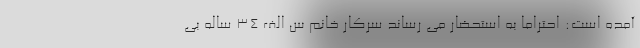
آمده است: احتراماً به استحضار می رساند سرکار خانم س الف ۳۴ ساله بی